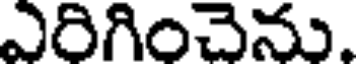
ఎరిగించెను.